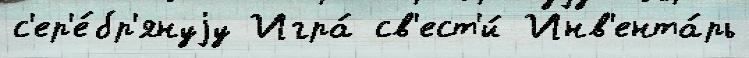
с'ер'е́бр'януjу Игра́ св'ест'и́ Инв'ента́рь